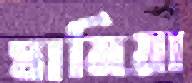
ঘামিয়া